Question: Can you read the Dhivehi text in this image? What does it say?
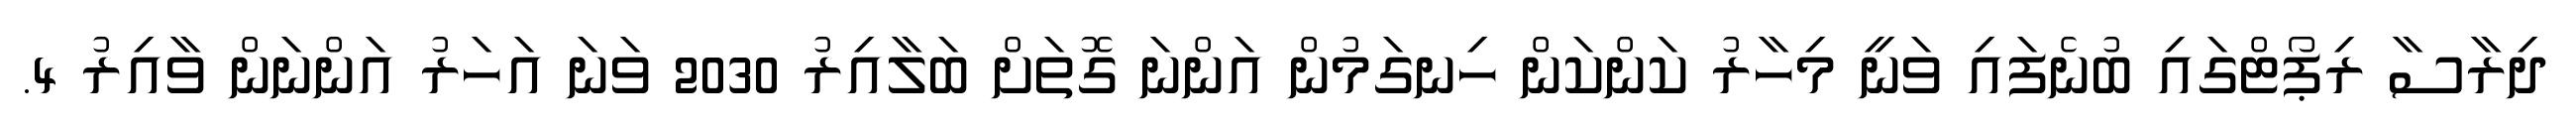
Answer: ދިރާސާ ރިޕޯޓްގައި ބުނެފައި ވަނީ މިހާރު ކަންކަން ހިނގަމުން އަންނަ ގޮތަށް ބަލާއިރު 2030 ވަނަ އަހަރު އަންނަން ވާއިރު 4.